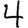
Digit: 4